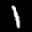
Label: 1